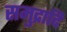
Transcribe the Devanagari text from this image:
समुद्रादि